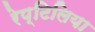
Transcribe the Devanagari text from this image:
रेप्टिलिया